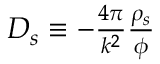
\begin{array} { r } { D _ { s } \equiv - \frac { 4 \pi } { k ^ { 2 } } \frac { \rho _ { s } } { \phi } } \end{array}